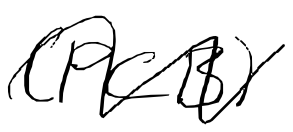
Text: (PCB)
Cross-out: wave
Writing tool: digital_black